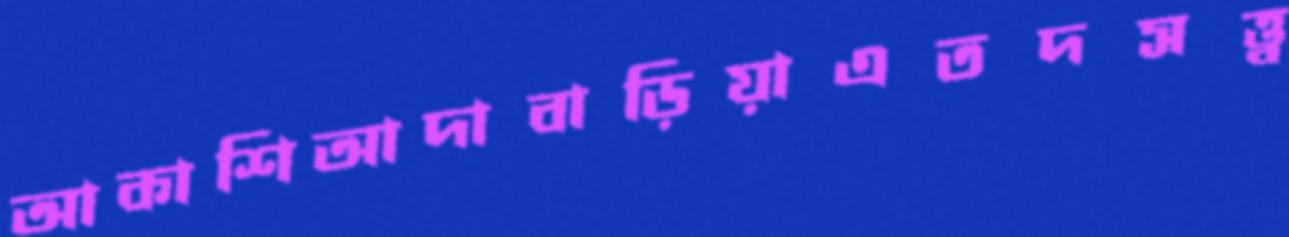
আকাশিআদাবাড়িয়াএতদসত্ত্ব